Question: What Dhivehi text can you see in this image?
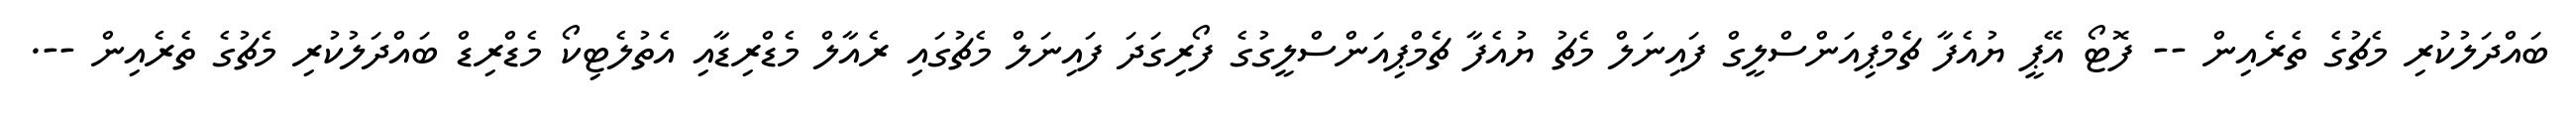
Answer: ބައްދަލުކުރި މެޗުގެ ތެރެއިން -- ފޮޓޯ އޭޕީ ޔުއެފާ ޗެމްޕިއަންސްލީގް ފައިނަލް މެޗު ޔުއެފާ ޗެމްޕިއަންސްލީގުގެ ފޯރިގަދަ ފައިނަލް މެޗުގައި ރެއާލް މެޑްރިޑާއި އެތުލެޓިކޯ މެޑްރިޑް ބައްދަލުކުރި މެޗުގެ ތެރެއިން --.